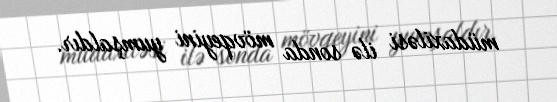
müdaxiləsi ilə sonda mövqeyini yumşaldır.